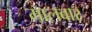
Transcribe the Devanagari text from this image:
मालबार